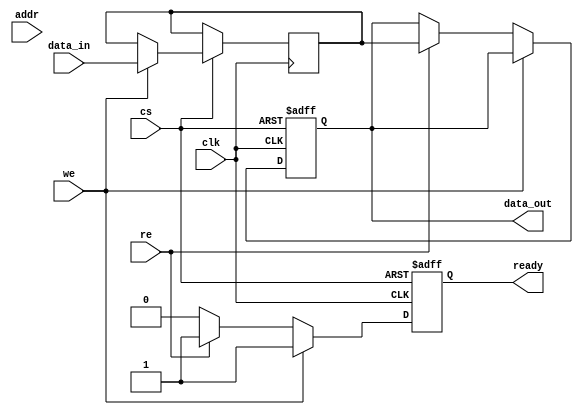
module mram_io_block (
    input wire clk,           // System clock
    input wire cs,           // Chip Select
    input wire we,           // Write Enable
    input wire re,           // Read Enable
    input wire [ADDR_WIDTH-1:0] addr,  // Address bus
    input wire [DATA_WIDTH-1:0] data_in, // Data input bus
    output reg [DATA_WIDTH-1:0] data_out, // Data output bus
    output reg ready         // Ready signal to indicate operation completion
);

// Parameters for address and data width
parameter ADDR_WIDTH = 8; // Example address width
parameter DATA_WIDTH = 16; // Example data width

// Internal registers
reg [DATA_WIDTH-1:0] data_buffer; // Buffer for storing data during write
reg [ADDR_WIDTH-1:0] address_buffer; // Buffer for storing address during read/write
reg writing; // Flag for writing state

// I/O Operation
always @(posedge clk or negedge cs) begin
    if (!cs) begin
        // Chip Select is low, reset state
        ready <= 0;
        writing <= 0;
        data_out <= 0;
    end else begin
        if (we) begin
            // Write operation
            writing <= 1;
            data_buffer <= data_in; // Capture data
            address_buffer <= addr; // Capture address
            // Simulate write operation to MRAM core
            // Note: Actual write logic to memory core must be implemented
            ready <= 1; // Signal that the operation is complete
        end else if (re) begin
            // Read operation
            writing <= 0;
            address_buffer <= addr; // Capture address for reading
            // Simulate read operation from MRAM core
            // Note: Actual read logic to memory core must be implemented
            data_out <= data_buffer; // Simulated data read
            ready <= 1; // Signal that the operation is complete
        end else begin
            // If no operation, maintain previous state
            ready <= 0; // Operation not complete
        end
    end
end

endmodule